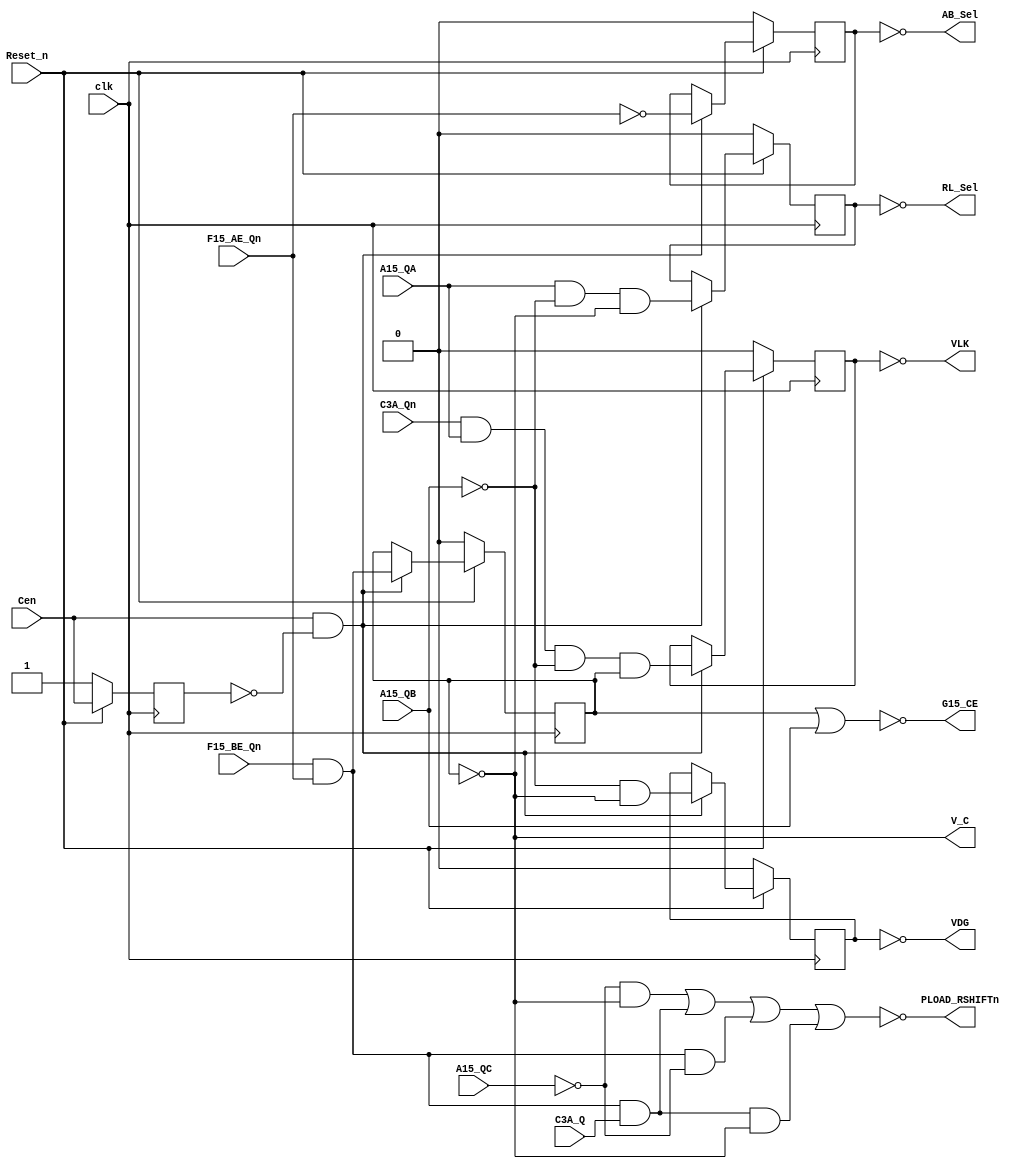
//Converted from ArmoredScrumObject_pal16r6a_3.jed using MAME's jedutil tool
//Many thanks to pldarchive.co.uk for the JED file.
`default_nettype none
`timescale 1ns/1ps

module pal16r6_15B_sync (
    Reset_n,
    clk, //1
    //(*direct_enable*) Cen, //Clock enable
    Cen, //Clock enable
    F15_BE_Qn, //2 
    C3A_Q, //3
    F15_AE_Qn,  //4
    C3A_Qn,  //5 
    A15_QA, //6
    A15_QB, //7
    A15_QC, //8
    PLOAD_RSHIFTn, //12 
    VDG, //14
    RL_Sel, //15
    VLK, //16
    AB_Sel, //17
    V_C, //18
    G15_CE //19
);
    input wire Reset_n;
    input wire clk;
    input wire Cen;
    input wire F15_BE_Qn;
    input wire C3A_Q;
    input wire C3A_Qn;
    input wire F15_AE_Qn;
    input wire A15_QA;
    input wire A15_QB;
    input wire A15_QC;
    output wire PLOAD_RSHIFTn;
    output wire VDG;
    output wire RL_Sel;
    output wire VLK;
    output wire AB_Sel;
    output wire V_C;
    output wire G15_CE;

    reg rVDG, rRL_Sel, rVLK, rAB_Sel, rV_C;
    wire rVDGn, rRL_Seln, rVLKn, rAB_Seln, rV_Cn;
    wire rVDGneg, rRL_Selneg, rVLKneg, rAB_Selneg, rV_Cneg;
    wire term14, term15, term16, term17, term18;
    wire A15_QCn, A15_QBn;
    wire F15_AE_Q;
	
    assign  A15_QCn = ~A15_QC;
    assign  A15_QBn = ~A15_QB;
    assign  F15_AE_Q = ~F15_AE_Qn; //fix temporal, check and delete this

    // assign  PLOAD_RSHIFTn = ~((F15_BE_Qn &      F15_AE_Qn & A15_QCn & rV_Cneg) |
    //                           (                             A15_QCn & rV_Cn  ) |
    //                           (F15_BE_Qn &      F15_AE_Qn & C3A_Q            ));
    assign  PLOAD_RSHIFTn = ~((                                       A15_QCn & rV_Cn) |
                              (F15_BE_Qn &      F15_AE_Qn &           C3A_Q          ) |
                              (F15_BE_Qn &      F15_AE_Qn &           A15_QCn        ) |
                              (F15_BE_Qn &      F15_AE_Qn & C3A_Q   & rV_Cn          ));

    //------------------------------------------------------
    assign  term14 = A15_QBn & rV_Cn;
    
    reg last_cen;
    always @(posedge clk) begin
        if (!Reset_n) begin
            rVDG     <= 1'b0;
            rRL_Sel  <= 1'b0;
            rVLK     <= 1'b0;
            rAB_Sel  <= 1'b0;
            rV_C     <= 1'b0;
            last_cen <= 1'b1;
        end
        else begin
            last_cen <= Cen;
            if(Cen && !last_cen)  begin //trigger on positive edge change
                rVDG    <= term14;
                rRL_Sel <= term15;
                rVLK    <= term16;
                rAB_Sel <= term17;
                rV_C    <= term18;
            end
        end
    end

    assign  rVDGn = ~rVDG;
    assign  rVDGneg = ~rVDGn;
    assign  VDG = ~rVDG;
    //------------------------------------------------------

    assign  term15 = A15_QA & A15_QBn & rV_Cn; //FIXED

    assign  rRL_Seln = ~rRL_Sel;
    assign  rRL_Selneg = ~rRL_Seln;
    assign  RL_Sel = ~rRL_Sel;

    //------------------------------------------------------
    assign  term16 = C3A_Qn & A15_QA & A15_QBn & rV_Cneg; //FIXED

    assign  rVLKn = ~rVLK;
    assign  rVLKneg = ~rVLKn;
    assign  VLK = ~rVLK;
    //------------------------------------------------------
    assign  term17 = F15_AE_Q;
    
    assign  rAB_Seln = ~rAB_Sel;
    assign  rAB_Selneg = ~rAB_Seln;
    assign  AB_Sel = ~rAB_Sel;

    //------------------------------------------------------
    assign  term18 = F15_BE_Qn & F15_AE_Qn;

    assign  rV_Cn = ~rV_C;
    assign  rV_Cneg = ~rV_Cn;
    assign  V_C = ~rV_C;

    //------------------------------------------------------
    assign  G15_CE = ~(rV_Cneg | A15_QB); //FIXED: infered from logic analyzer capture

endmodule